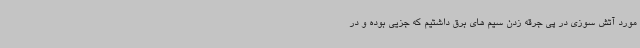
مورد آتش سوزی در پی جرقه زدن سیم های برق داشتیم که جزیی بوده و در